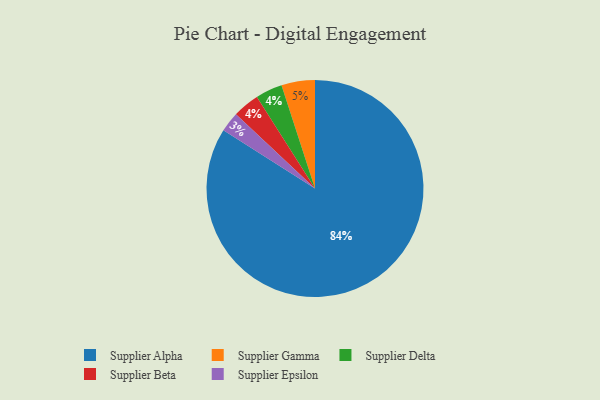
{"axis": {"x": "Category", "y": "Percentage"}, "legend": ["Supplier Alpha", "Supplier Beta", "Supplier Delta", "Supplier Epsilon", "Supplier Gamma"], "data": [{"x": "Supplier Delta", "y": 4, "type": "Supplier Delta"}, {"x": "Supplier Gamma", "y": 5, "type": "Supplier Gamma"}, {"x": "Supplier Epsilon", "y": 3, "type": "Supplier Epsilon"}, {"x": "Supplier Beta", "y": 4, "type": "Supplier Beta"}, {"x": "Supplier Alpha", "y": 84, "type": "Supplier Alpha"}]}